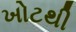
ખોટથી